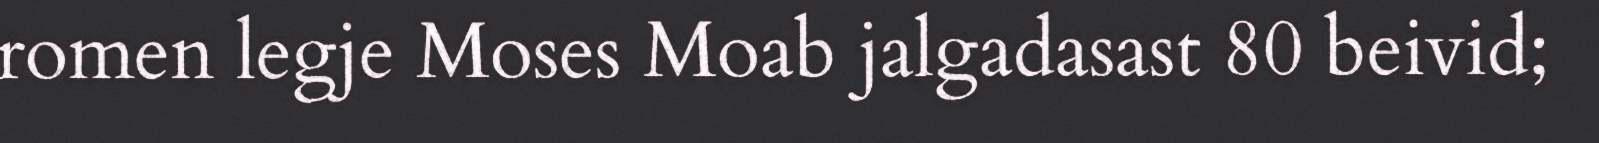
romen legje Moses Moab jalgadasast 80 beivid;